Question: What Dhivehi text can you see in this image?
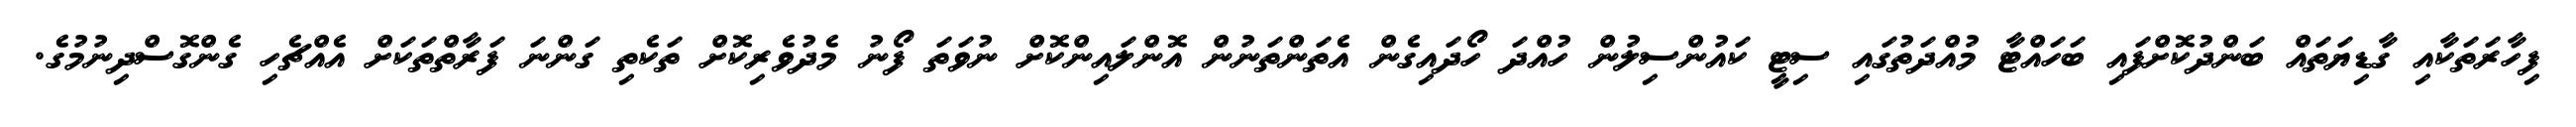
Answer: ފިހާރަތަކާއި ގާޑިޔަތައް ބަންދުކޮށްފައި ބަހައްޓާ މުއްދަތުގައި ސިޓީ ކައުންސިލުން ހުއްދަ ހޯދައިގެން އެތަންތަނުން އޮންލައިންކޮށް ނުވަތަ ފޯނު މެދުވެރިކޮށް ތަކެތި ގަންނަ ފަރާތްތަކަށް އެއްޗެހި ގެންގޮސްދިނުމުގެ.